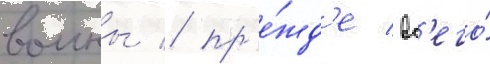
воины / пр'е́жд'е вс'его́